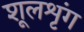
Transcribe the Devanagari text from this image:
शूलशृंग